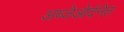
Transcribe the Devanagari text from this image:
अब्जेओर्दनेत